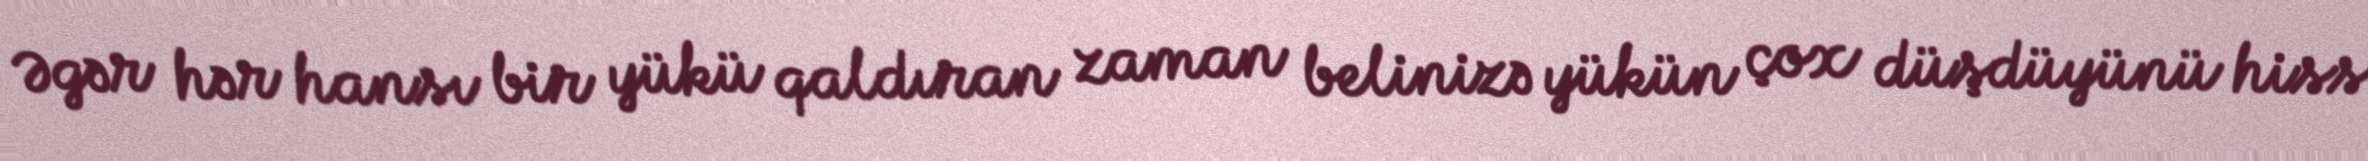
Əgər hər hansı bir yükü qaldıran zaman belinizə yükün çox düşdüyünü hiss